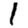
Digit: 1